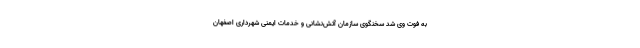
به فوت وی شد سخنگوی سازمان آتش‌نشانی و خدمات ایمنی شهرداری اصفهان